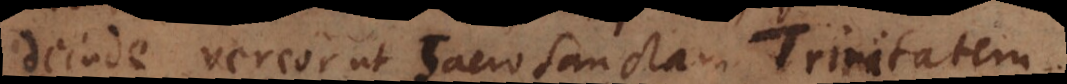
einde vereor ut Sacrosanctam Trinitatem